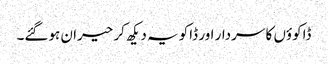
ڈاکوؤں کا سردار اور ڈاکو یہ دیکھ کر حیران ہوگئے۔